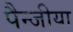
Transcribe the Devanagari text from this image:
पैन्जीया